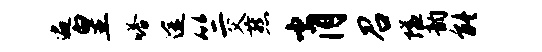
遍皇嗒途竺父燕肖召隘韵能